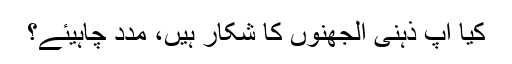
کیا آپ ذہنی الجھنوں کا شکار ہیں، مدد چاہیئے؟